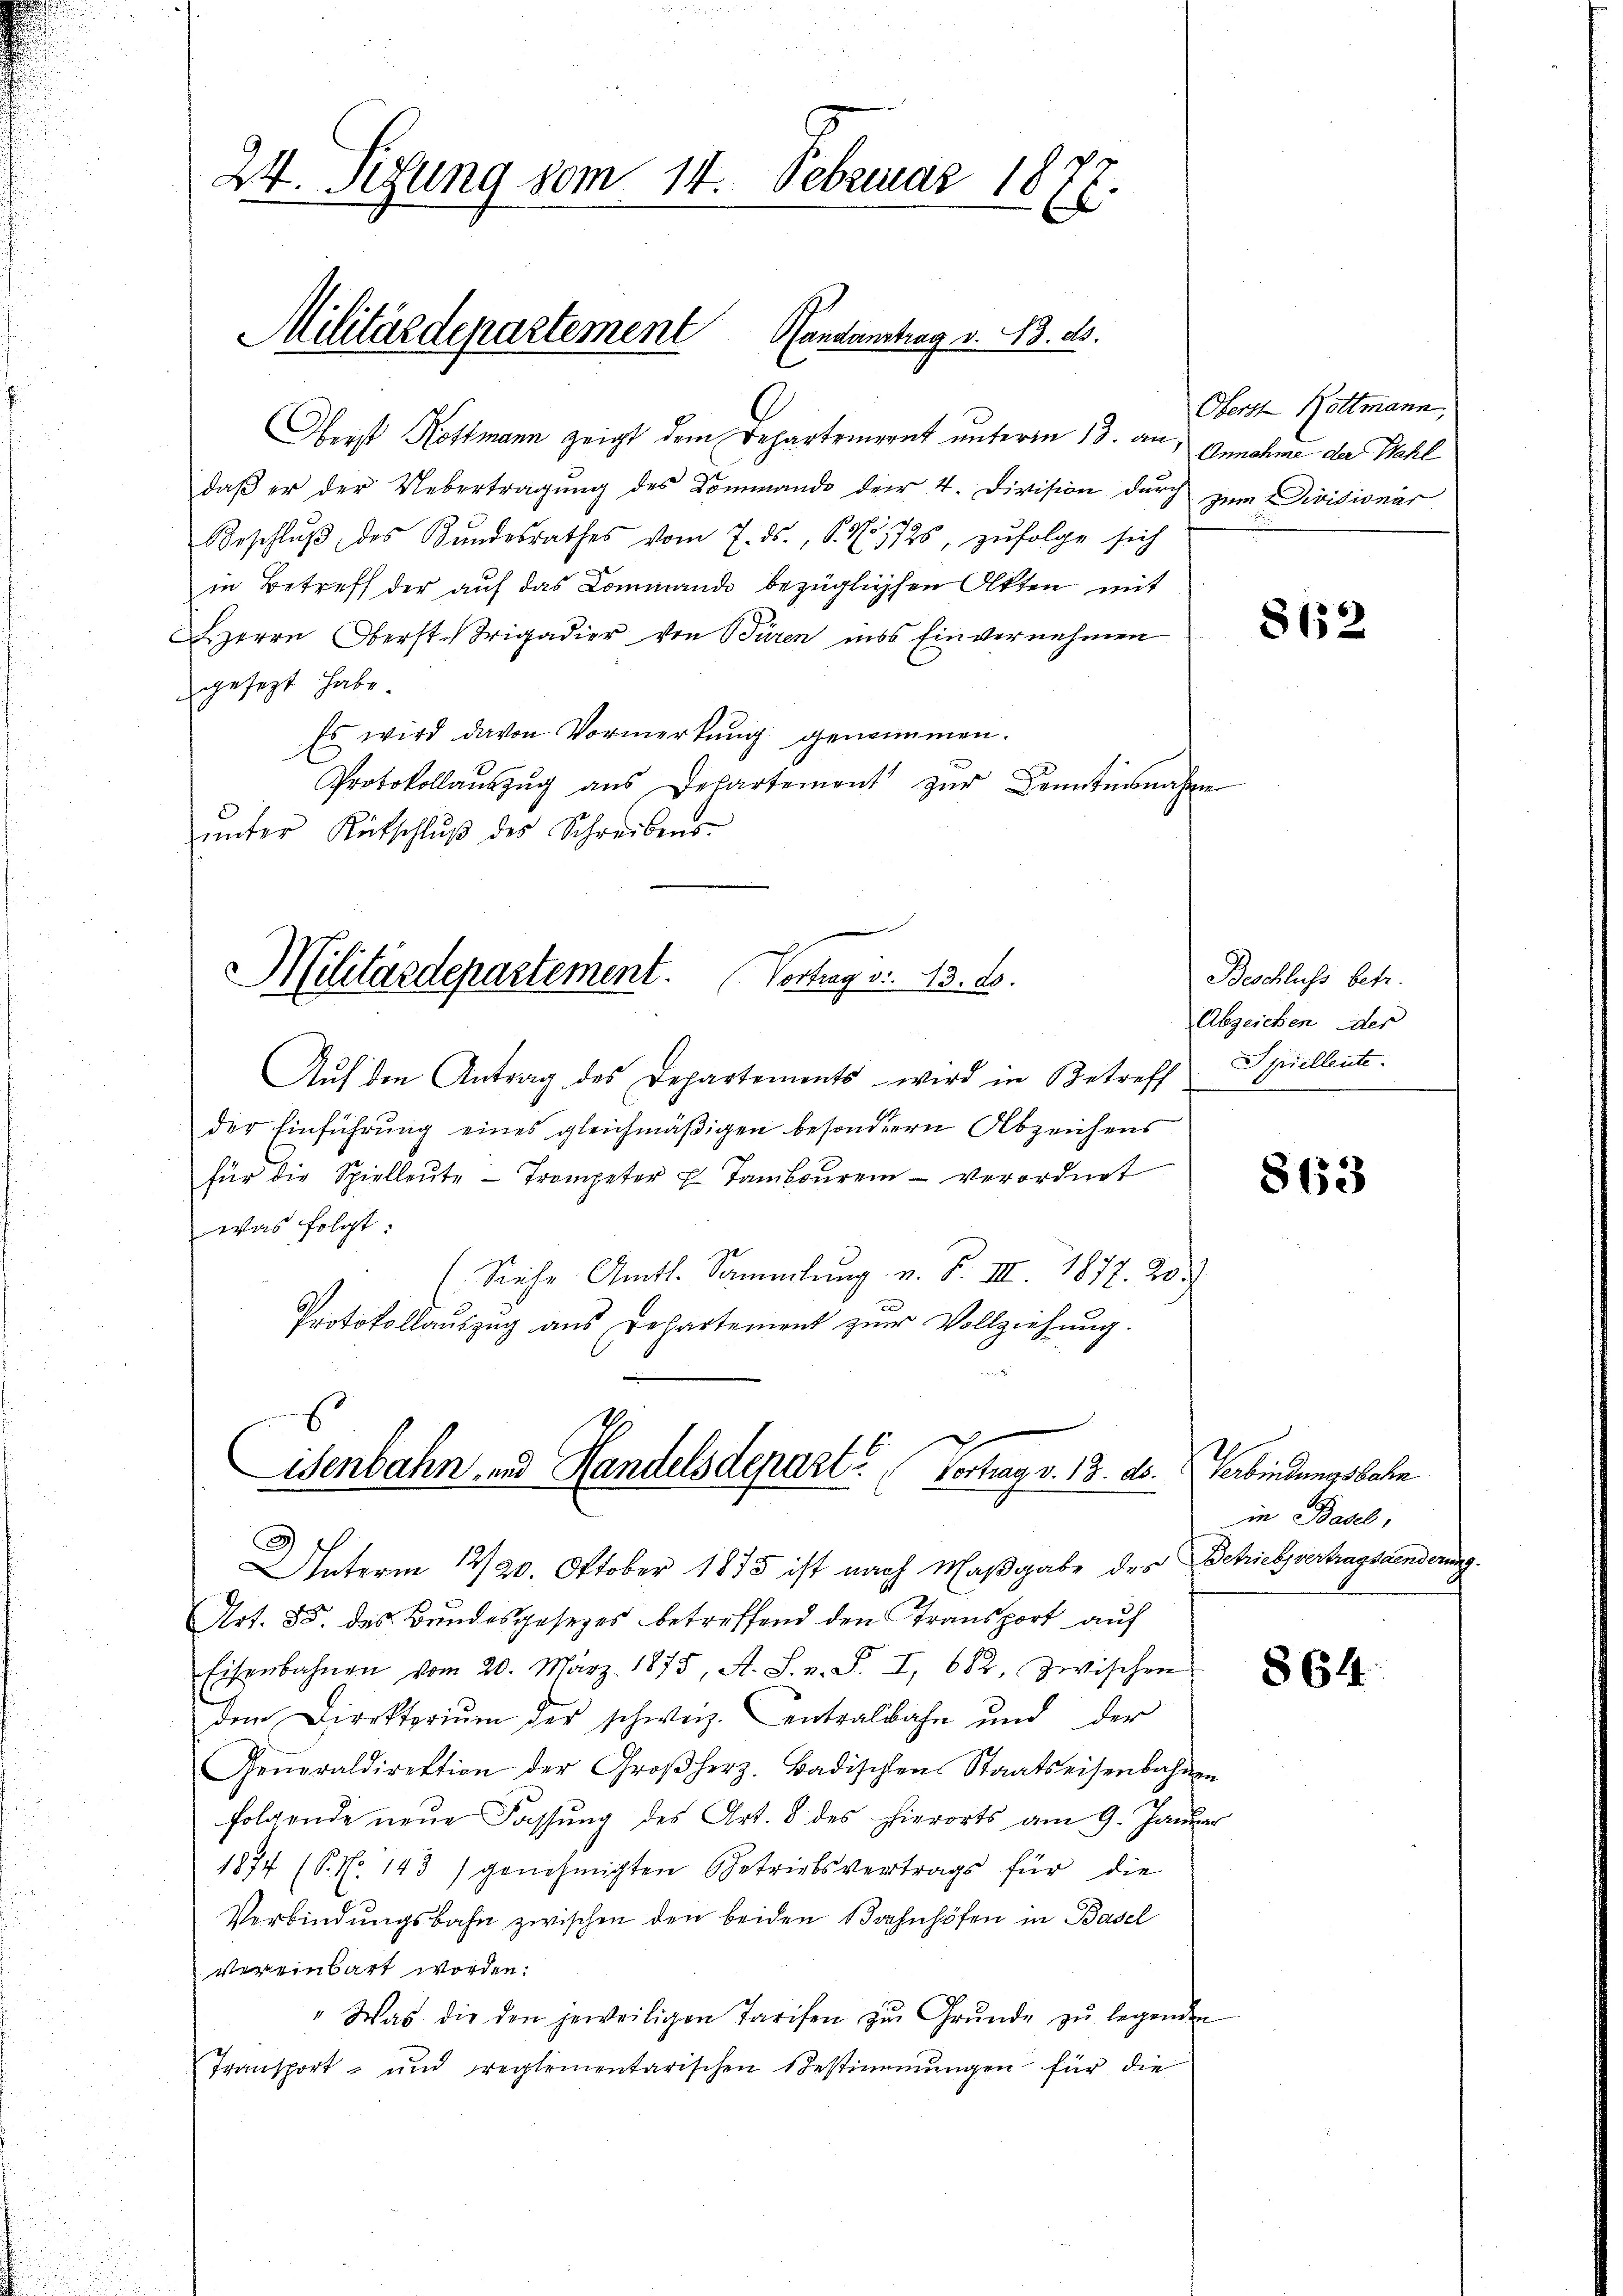
24. Sitzung vom 14. Februar 1877.

Militärdepartement Handanstag v. 3. ds.
Oberst Kottmann zeigt dem Departement unterm 13. an

daß er der Uebertragung des Kommando der 4. Division durch zum Divisionär
Beschlŭβ des Kŭndesrathes vom 7. ds., S. N. 1725, zŭfolge sich
in Betreff der auf das Command bezüglichen Oltten mit
Herrn Oberst-Brigadier von Bären in’s Einvernehmen
gesezt habe.
Es wird davon Vormerkung genommen.
Protokollaŭszŭg aŭs Departement zŭr Kenntisnahmen
ŭnter Rutschlŭβ des Schreibens-

Militärdepartement. Vortrag v. 13. ds.

.
isenbahn und Handelsdepart. Vortrag v. 13. ds.

Oberst Bottmann,
Annahme der Wahl

Auf den Antrag des Departements wird in Betreff Spiellente
der Einführung eines gleichmäßigen besonderen Abzeichens
für die Spielleute - Trompeter 7 Tambouren - verordnet
was folgt.
(Siehe Amtl. Sammlung u. F. III. 1877. 20.
e
Protokollaŭszŭg ans Departement zŭr Vollziehŭng.

Unterm 12/20. Oktober 1873 ist nach Maßgabe des Schiehvertragstenderung
Art. 85. des Bundesgesetzes betreffend den Transport auf
Eisenbahnen vom 20. März 1875, A. S. v. S. I, 682, zwischen
den Direkterium der schweiz. Centralbahn und der
Generaldirektion der Großherz. Badischen Staatseisenbahnen
folgende neŭe Fassung des Art. 8 des hierorts am 9. Januar
1874 (P. No 143 / genehmigten Betriebsvertrags für die
Verbindungsbahn zwischen den beiden Bahnhöfen in Basel
vereinbart worden.
" Was die den jeweiligen Tarifen zŭ Grŭnde zŭ legenden
Transport- und reglementarischen Bestimmungen für die

862

Beschluss betr.
Abzeichen der

863

Verbindungsbahn
in Basel,

864